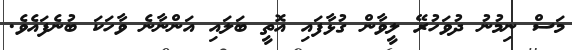
މަސް ނިމުނު ދުވަހުރޭ ލީވާން ގުޅާފައި އޮތީ ބަލައި އަންނާނެ ވާހަކަ ބުނެފައެވެ.